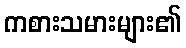
ကစားသမားများ၏